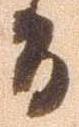
間